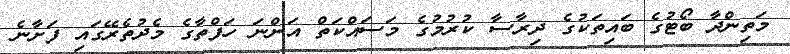
މަތިންދާ ބޯޓުގެ ބައިތަކުގެ ދިރާސާ ކުރުމުގެ މަސައްކަތް އަންނަ ހަފްތާގެ މެދުތެރޭގައި ފަށާނެ